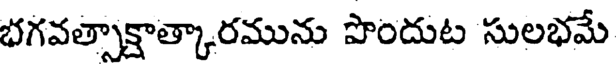
భగవత్సాక్షాత్కారమును పొందుట సులభమే